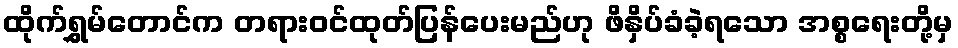
ထိုက်ရွှမ်တောင်က တရားဝင်ထုတ်ပြန်ပေးမည်ဟု ဖိနှိပ်ခံခဲ့ရသော အစ္စရေးတို့မှ